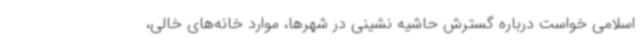
اسلامی خواست درباره گسترش حاشیه نشینی در شهرها، موارد خانه‌های خالی،